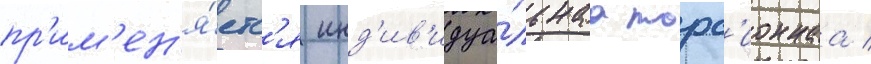
пр'им'ен'я́етс'я инд'ив'идуа́льнаа торс'ионнаа /